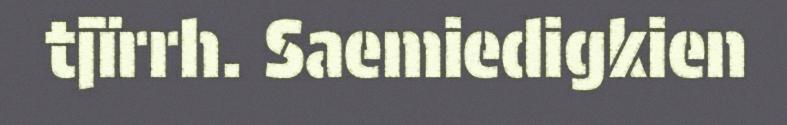
tjïrrh. Saemiedigkien